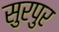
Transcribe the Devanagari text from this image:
सुरपुर